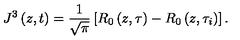
J ^ { 3 } \left( z , t \right) = \frac { 1 } { \sqrt { \pi } } \left[ R _ { 0 } \left( z , \tau \right) - R _ { 0 } \left( z , \tau _ { i } \right) \right] .